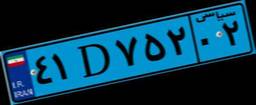
۴۱D۷۵۲۰۲